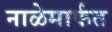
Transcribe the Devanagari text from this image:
नाळेमार्फत